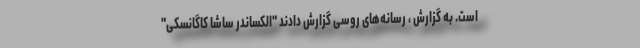
است. به گزارش ، رسانه‌های روسی گزارش دادند "الکساندر ساشا کاگانسکی"